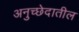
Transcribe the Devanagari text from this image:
अनुच्छेदातील